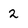
Character: 2